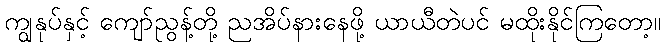
ကျွနုပ်နှင့် ကျော်ညွန့်တို့ ညအိပ်နားနေဖို့ ယာယီတဲပင် မထိုးနိုင်ကြတော့။